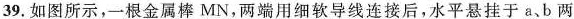
39.如图所示，一根金属棒MN，两端用细软导线连接后，水平悬挂于a、b两